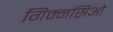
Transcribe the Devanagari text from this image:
गिम्नसिओ